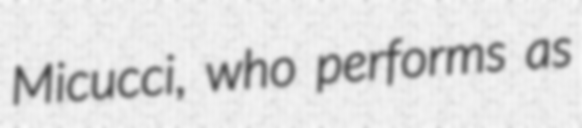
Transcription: Micucci, who performs as